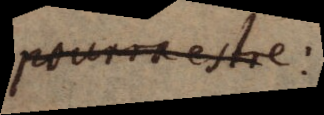
pourra estre: